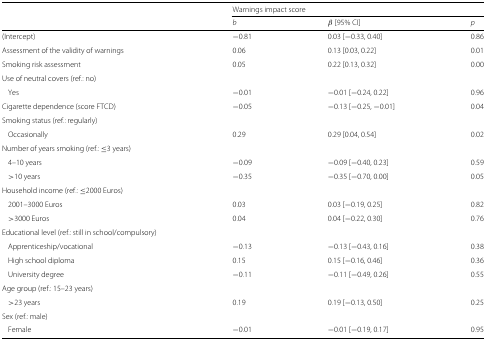
<table><thead><tr><td>[EMPTY_CELL]</td><td colspan="3"><b>Warnings impact score</b></td></tr><tr><td>[EMPTY_CELL]</td><td><b><i>b</i></b></td><td><b><i>β</i> [95% CI]</b></td><td><b><i>p</i></b></td></tr></thead><tbody><tr><td>(Intercept)</td><td>−0.81</td><td>0.03 [ −0.33, 0.40]</td><td>0.86</td></tr><tr><td>Assessment of the validity of warnings</td><td>0.06</td><td>0.13 [0.03, 0.22]</td><td>0.01</td></tr><tr><td>Smoking risk assessment</td><td>0.05</td><td>0.22 [0.13, 0.32]</td><td>0.00</td></tr><tr><td>Use of neutral covers (ref.: no)</td><td>[EMPTY_CELL]</td><td>[EMPTY_CELL]</td><td>[EMPTY_CELL]</td></tr><tr><td>Yes</td><td>−0.01</td><td>−0.01 [ −0.24, 0.22]</td><td>0.96</td></tr><tr><td>Cigarette dependence (score FTCD)</td><td>−0.05</td><td>−0.13 [ −0.25, −0.01]</td><td>0.04</td></tr><tr><td>Smoking status (ref.: regularly)</td><td>[EMPTY_CELL]</td><td>[EMPTY_CELL]</td><td>[EMPTY_CELL]</td></tr><tr><td>Occasionally</td><td>0.29</td><td>0.29 [0.04, 0.54]</td><td>0.02</td></tr><tr><td>Number of years smoking (ref.: ≤3 years)</td><td>[EMPTY_CELL]</td><td>[EMPTY_CELL]</td><td>[EMPTY_CELL]</td></tr><tr><td>4–10 years</td><td>−0.09</td><td>−0.09 [ −0.40, 0.23]</td><td>0.59</td></tr><tr><td>&gt;10 years</td><td>−0.35</td><td>−0.35 [ −0.70, 0.00]</td><td>0.05</td></tr><tr><td>Household income (ref.: ≤2000 Euros)</td><td>[EMPTY_CELL]</td><td>[EMPTY_CELL]</td><td>[EMPTY_CELL]</td></tr><tr><td>2001–3000 Euros</td><td>0.03</td><td>0.03 [ −0.19, 0.25]</td><td>0.82</td></tr><tr><td>&gt;3000 Euros</td><td>0.04</td><td>0.04 [ −0.22, 0.30]</td><td>0.76</td></tr><tr><td>Educational level (ref.: still in school/compulsory)</td><td>[EMPTY_CELL]</td><td>[EMPTY_CELL]</td><td>[EMPTY_CELL]</td></tr><tr><td>Apprenticeship/vocational</td><td>−0.13</td><td>−0.13 [ −0.43, 0.16]</td><td>0.38</td></tr><tr><td>High school diploma</td><td>0.15</td><td>0.15 [ −0.16, 0.46]</td><td>0.36</td></tr><tr><td>University degree</td><td>−0.11</td><td>−0.11 [ −0.49, 0.26]</td><td>0.55</td></tr><tr><td>Age group (ref.: 15–23 years)</td><td>[EMPTY_CELL]</td><td>[EMPTY_CELL]</td><td>[EMPTY_CELL]</td></tr><tr><td>&gt;23 years</td><td>0.19</td><td>0.19 [ −0.13, 0.50]</td><td>0.25</td></tr><tr><td>Sex (ref.: male)</td><td>[EMPTY_CELL]</td><td>[EMPTY_CELL]</td><td>[EMPTY_CELL]</td></tr><tr><td>Female</td><td>−0.01</td><td>−0.01 [ −0.19, 0.17]</td><td>0.95</td></tr></tbody></table>